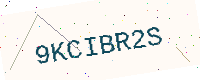
Text: 9KCIBR2S